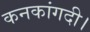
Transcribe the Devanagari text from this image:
कनकांगदी।